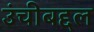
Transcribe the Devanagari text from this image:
उंचीबद्दल